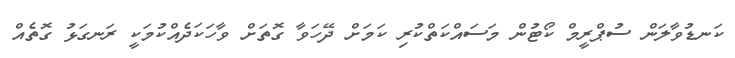
ކަނޑުވާލަން ސުޕްރީމް ކޯޓުން މަސައްކަތްކުރި ކަމަށް ދޭހަވާ ގޮތަަށް ވާހަކަދެއްކުމަކީ ރަނގަޅު ގޮތެއް